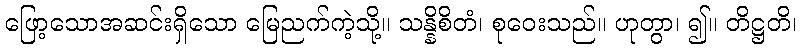
ဖြော့သောအဆင်းရှိသော မြေညက်ကဲ့သို့။ သန္နိစိတံ၊ စုဝေးသည်။ ဟုတွာ၊ ၍။ တိဋ္ဌတိ၊